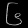
Digit: ၆